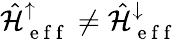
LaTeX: \hat{\mathcal{H}}_{\mathrm{~e~f~f~}}^{\uparrow}\neq\hat{\mathcal{H}}_{\mathrm{~e~f~f~}}^{\downarrow}